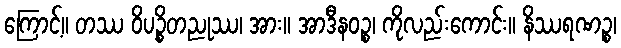
ကြောင့်။ တဿ ဝိပဉ္စိတညုဿ၊ အား။ အာဒီနဝဉ္စ၊ ကိုလည်းကောင်း။ နိဿရဏဉ္စ၊